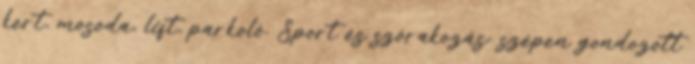
kert, mosoda, lift, parkoló. Sport és szórakozás: szépen gondozott